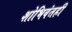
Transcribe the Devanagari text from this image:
शोभिवंतही